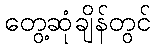
တွေ့ဆုံချိန်တွင်